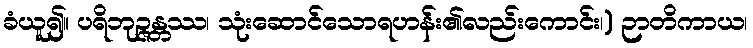
ခံယူ၍။ ပရိဘုဉ္ဇန္တဿ၊ သုံးဆောင်သောရဟန်း၏လည်းကောင်း၊) ဉာတိကာယ၊